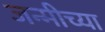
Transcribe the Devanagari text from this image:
जन्मीच्या